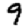
Digit: 9